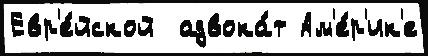
Евр'е́йской  адвока́т Ам'е́р'ик'е